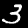
Digit: 3